Lunatic asylums Bombay report 1891-1903 - 1891-1903
Year: 1891
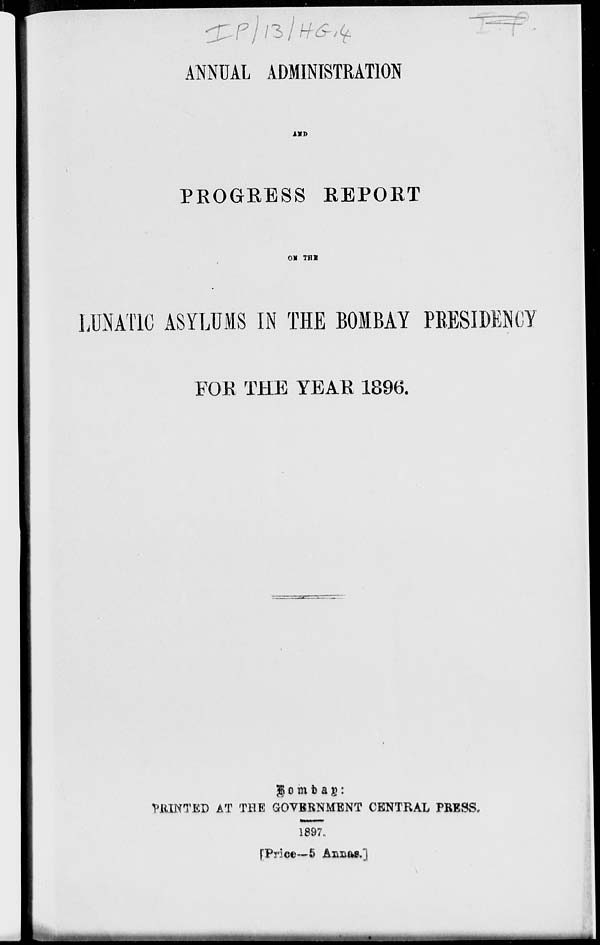
ANNUAL ADMINISTRATION
AND
PROGRESS REPORT
ON THE
LUNATIC ASYLUMS IN THE BOMBAY PRESIDENCY
FOR THE YEAR 1896.
Bombay :
PRINTED AT THE GOVERNMENT CENTRAL PRESS.
1897.
Price—5 Annas.]